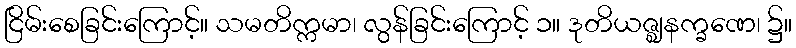
ငြိမ်းစေခြင်းကြောင့်။ သမတိက္ကမာ၊ လွန်ခြင်းကြောင့် ၁။ ဒုတိယဇ္ဈနက္ခဏေ၊ ၌။